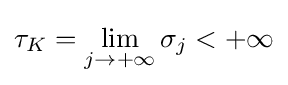
\tau _{K}=\lim _{j\to +\infty }\sigma _{j}<+\infty